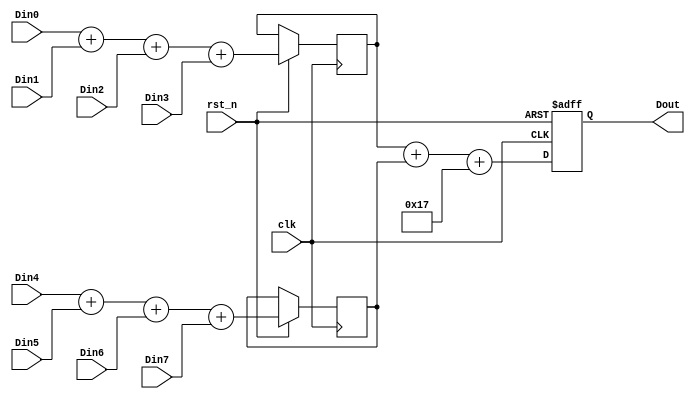
module Adder(
clk,
rst_n,
Din0,
Din1,
Din2,
Din3,
Din4,
Din5,
Din6,
Din7,
Dout
);

    input clk;
    input rst_n;
    input signed [15:0] Din0,Din1,Din2,Din3,Din4,Din5,Din6,Din7;
    output reg signed [15:0] Dout;

    reg signed [15:0] buffer0,buffer1;
    reg signed [7:0]  bc = 8'b00010111; // 
    
    //  8 
    // 8'b00010111
    // 8'b00011011
    // 8'b00001010
    // 8'b00011111
    // 8'b00010100
    // 8'b00010111
    // 8'b00100011
    // 8'b00000110

    always @(posedge clk or negedge rst_n) begin
        if(!rst_n)begin
            Dout <= 0;
        end
        else begin
            buffer0 <= Din0 + Din1 + Din2 + Din3;
            buffer1 <= Din4 + Din5 + Din6 + Din7;
            Dout    <= buffer0 + buffer1 + bc;
        end
    end

endmodule